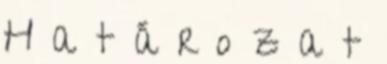
H a t á r o z a t